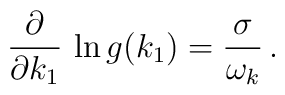
\frac{\partial}{\partial k_1}\, \ln g(k_1)=\frac{\sigma}{\omega_k}\,.